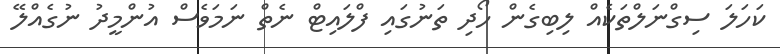
ކަހަލަ ސިގްނަލްތަކެއް ލިބިގެން ހޯދި ތަނުގައި ފްލައިޓް ނެތް ނަމަވެސް އުންމީދު ނުގެއްލޭ